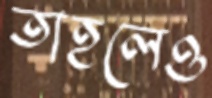
তাহলেও